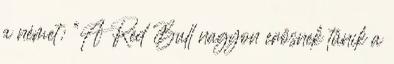
a német: “A Red Bull nagyon erősnek tűnik a